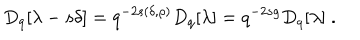
D _ { q } [ \lambda - s \delta ] = q ^ { - 2 s ( \delta , \rho ) } D _ { q } [ \lambda ] = q ^ { - 2 s g } D _ { q } [ \lambda ] \; .